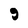
Character: 9